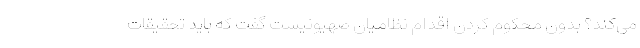
می‌کند؟ بدون محکوم کردن اقدام نظامیان صهیونیست گفت که باید تحقیقات